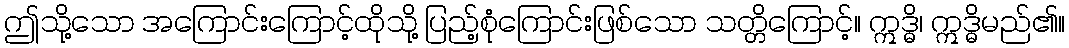
ဤသို့သော အကြောင်းကြောင့်ထိုသို့ ပြည့်စုံကြောင်းဖြစ်သော သတ္တိကြောင့်။ ဣဒ္ဓိ၊ ဣဒ္ဓိမည်၏။